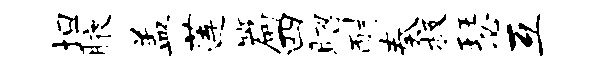
坦腋盖莲篇四昭耐奏极瑟互